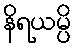
နိရယမ္ပိ